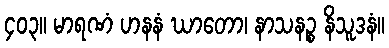
၄၀၃။ မာရဏံ ဟနနံ ဃာတော၊ နာသနဉ္စ နိသူဒနံ။